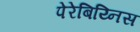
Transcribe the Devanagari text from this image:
पेरेबिय्निस